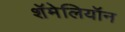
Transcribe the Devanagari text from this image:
शॅमेलियॉन